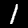
Digit: 1